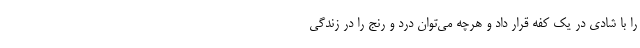
را با شادی در یک کفه قرار داد و هرچه می‌توان درد و رنج را در زندگی